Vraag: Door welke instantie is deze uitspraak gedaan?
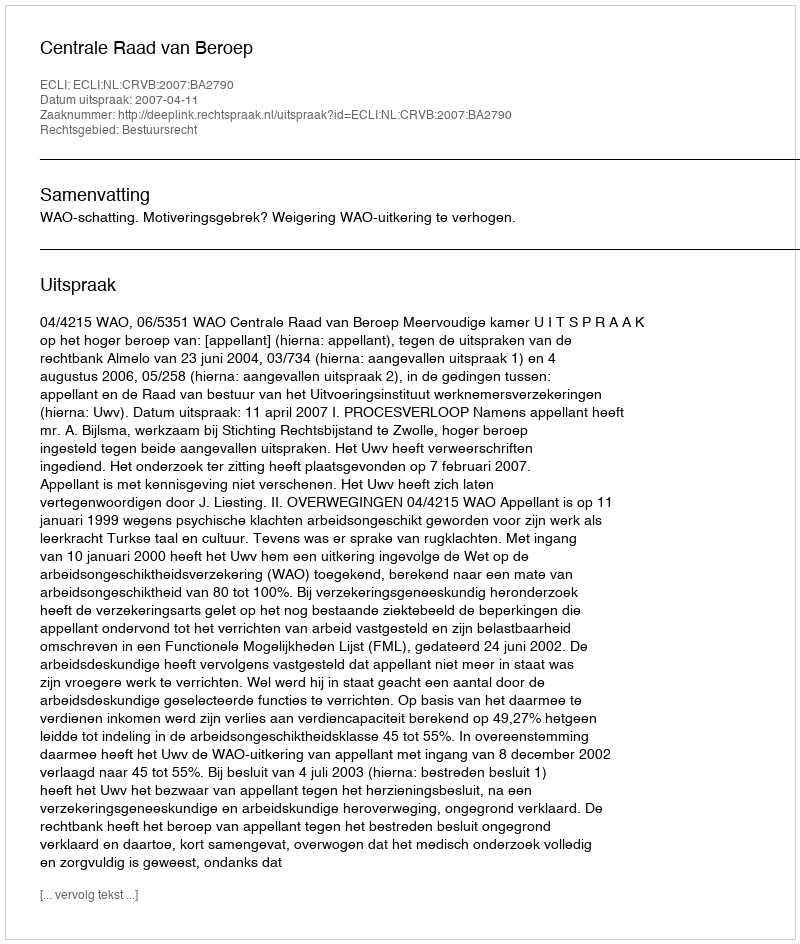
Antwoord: Centrale Raad van Beroep